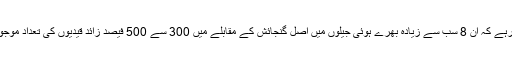
خیال رہے کہ ان 8 سب سے زیادہ بھرے ہوئی جیلوں میں اصل گنجائش کے مقابلے میں 300 سے 500 فیصد زائد قیدیوں کی تعداد موجود ہے۔